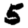
Digit: 5